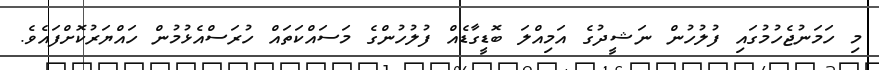
މި ހަމަނުޖެހުމުގައި ފުލުހުން ނަޝީދުގެ އަމިއްލަ ބޮޑީގާޑެއް ފުލުހުންގެ މަސައްކަތައް ހުރަސްއެޅުމުން ހައްޔަރުކޮށްފައެވެ.